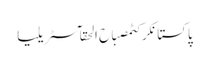
پاکستانکرکٹمصباح الحقآسٹریلیا